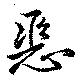
悪